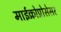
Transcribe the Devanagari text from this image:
माईक्रोप्रोसेसर